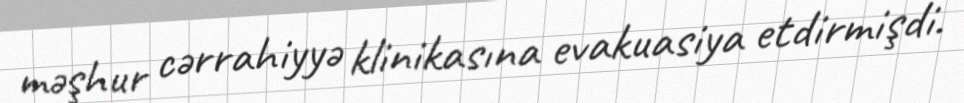
məşhur cərrahiyyə klinikasına evakuasiya etdirmişdi.